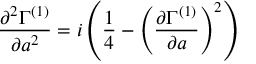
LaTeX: { \frac { \partial ^ { 2 } \Gamma ^ { ( 1 ) } } { \partial a ^ { 2 } } } = i \left( { \frac { 1 } { 4 } } - \left( { \frac { \partial \Gamma ^ { ( 1 ) } } { \partial a } } \right) ^ { 2 } \right)